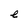
Character: e